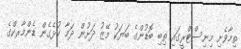
ތިމާވެށި މިނިސްޓްރީގައި ތިބި ބޮޑުންގެ ބަޔަކު މޭޒު ދަށުން ދަމާ ކުޅެގެން ޑެންމާރކްގެ